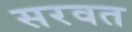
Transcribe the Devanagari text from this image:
सरवत